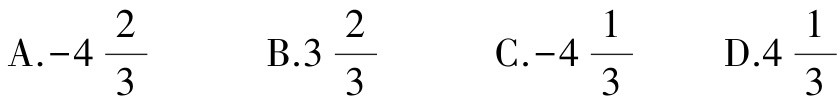
A.$-4\frac{2}{3}$  B.$3\frac{2}{3}$  C.$-4\frac{1}{3}$  D.$4\frac{1}{3}$